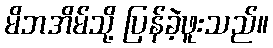
မိဘအိမ်သို့ ပြန်ခဲ့ဖူးသည်။